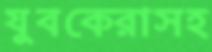
যুবকেরাসহ